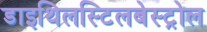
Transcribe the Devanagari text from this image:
डाइथिलस्टिलबेस्ट्रोल